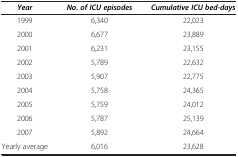
<table><thead><tr><td><b><i>Year</i></b></td><td><b><i>No. of ICU episodes</i></b></td><td><b><i>Cumulative ICU bed-days</i></b></td></tr></thead><tbody><tr><td>1999</td><td>6,340</td><td>22,023</td></tr><tr><td>2000</td><td>6,677</td><td>23,889</td></tr><tr><td>2001</td><td>6,231</td><td>23,155</td></tr><tr><td>2002</td><td>5,789</td><td>22,632</td></tr><tr><td>2003</td><td>5,907</td><td>22,775</td></tr><tr><td>2004</td><td>5,758</td><td>24,365</td></tr><tr><td>2005</td><td>5,759</td><td>24,012</td></tr><tr><td>2006</td><td>5,787</td><td>25,139</td></tr><tr><td>2007</td><td>5,892</td><td>24,664</td></tr><tr><td>Yearly average</td><td>6,016</td><td>23,628</td></tr></tbody></table>